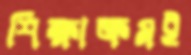
শিক্ষাক্রমই